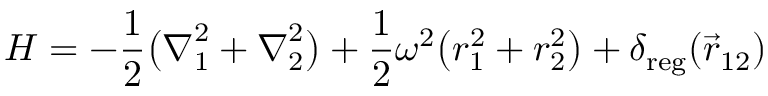
H = - \frac { 1 } { 2 } \bigl ( \boldsymbol { \nabla } _ { 1 } ^ { 2 } + \boldsymbol { \nabla } _ { 2 } ^ { 2 } \bigr ) + \frac { 1 } { 2 } \omega ^ { 2 } \bigl ( r _ { 1 } ^ { 2 } + r _ { 2 } ^ { 2 } \bigr ) + \delta _ { \mathrm { { r e g } } } ( \vec { r } _ { 1 2 } ) \quad